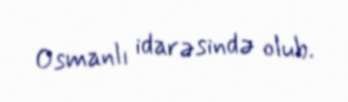
Osmanlı idarəsində olub.